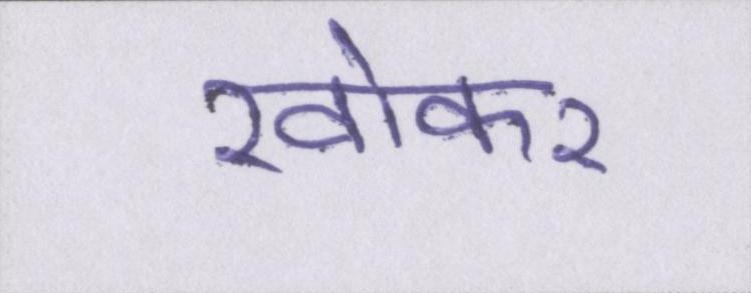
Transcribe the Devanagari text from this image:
खोकर